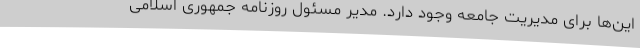
این‌ها برای مدیریت جامعه وجود دارد. مدیر مسئول روزنامه جمهوری اسلامی